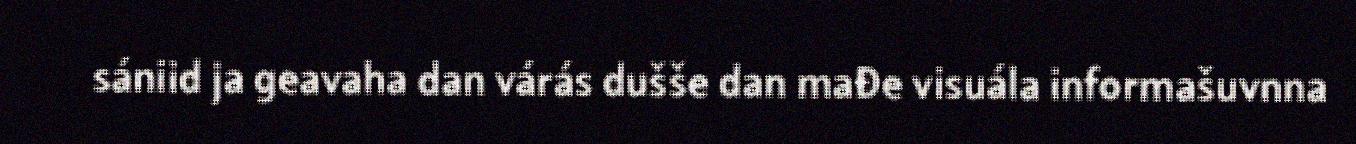
sániid ja geavaha dan várás dušše dan mađe visuála informašuvnna